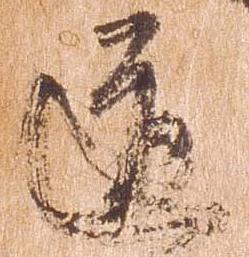
道